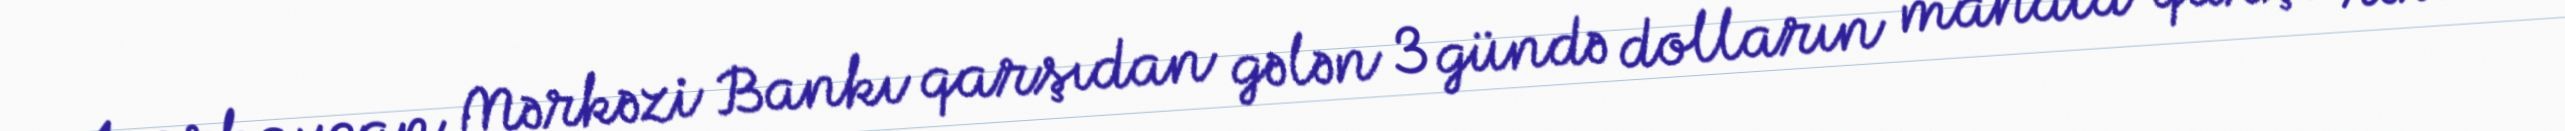
Azərbaycan Mərkəzi Bankı qarşıdan gələn 3 gündə dolların manata qarşı rəsmi